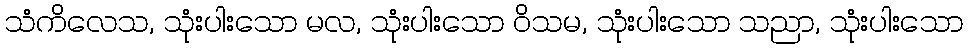
သံကိလေသ, သုံးပါးသော မလ, သုံးပါးသော ဝိသမ, သုံးပါးသော သညာ, သုံးပါးသော